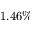
1 . 4 6 \%